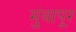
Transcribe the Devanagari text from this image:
मुंबापूर